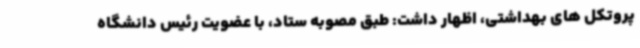
پروتکل های بهداشتی، اظهار داشت: طبق مصوبه ستاد، با عضویت رئیس دانشگاه